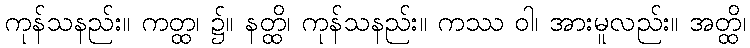
ကုန်သနည်း။ ကတ္ထ၊ ၌။ နတ္ထိ၊ ကုန်သနည်း။ ကဿ ဝါ၊ အားမူလည်း။ အတ္ထိ၊